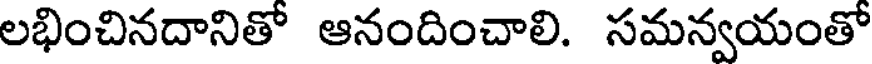
లభించినదానితో ఆనందించాలి. సమన్వయంతో